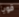
قويا